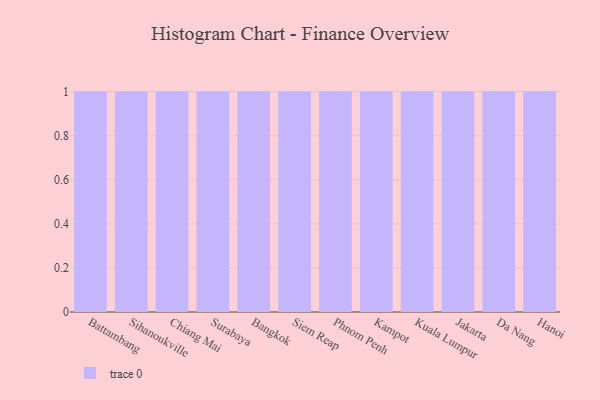
{"axis": {"x": "City", "y": "Production Output"}, "legend": [""], "data": [{"x": "Battambang", "y": 57, "type": ""}, {"x": "Sihanoukville", "y": 74, "type": ""}, {"x": "Chiang Mai", "y": 38, "type": ""}, {"x": "Surabaya", "y": 60, "type": ""}, {"x": "Bangkok", "y": 7, "type": ""}, {"x": "Siem Reap", "y": 3, "type": ""}, {"x": "Phnom Penh", "y": 80, "type": ""}, {"x": "Kampot", "y": 38, "type": ""}, {"x": "Kuala Lumpur", "y": 81, "type": ""}, {"x": "Jakarta", "y": 78, "type": ""}, {"x": "Da Nang", "y": 59, "type": ""}, {"x": "Hanoi", "y": 8, "type": ""}]}